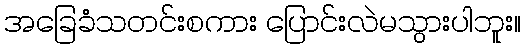
အခြေခံသတင်းစကား ပြောင်းလဲမသွားပါဘူး။